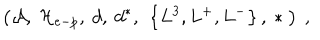
\left( { \mathcal A } , \ { \mathcal H } _ { e - p } , \ d , \ d ^ { * } , \ \left\{ L ^ { 3 } , L ^ { + } , L ^ { - } \right\} , \ * \; \right) \ ,